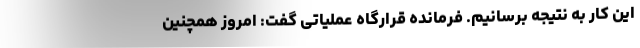
این کار به نتیجه برسانیم. فرمانده قرارگاه عملیاتی گفت: امروز همچنین